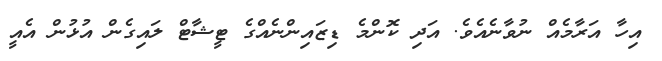
އިހާ އަރާމެއް ނުވާނެއެވެ. އަދި ކޮންމެ ޑިޒައިންނެއްގެ ޓީޝާޓް ލައިގެން އުޅުން އެއީ